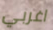
اغربي